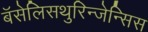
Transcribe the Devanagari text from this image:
बॅसेलिसथुरिन्जेन्सिस